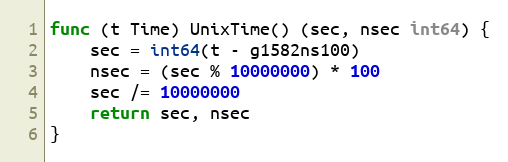
Language: Go
func (t Time) UnixTime() (sec, nsec int64) {
	sec = int64(t - g1582ns100)
	nsec = (sec % 10000000) * 100
	sec /= 10000000
	return sec, nsec
}